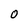
Character: 0